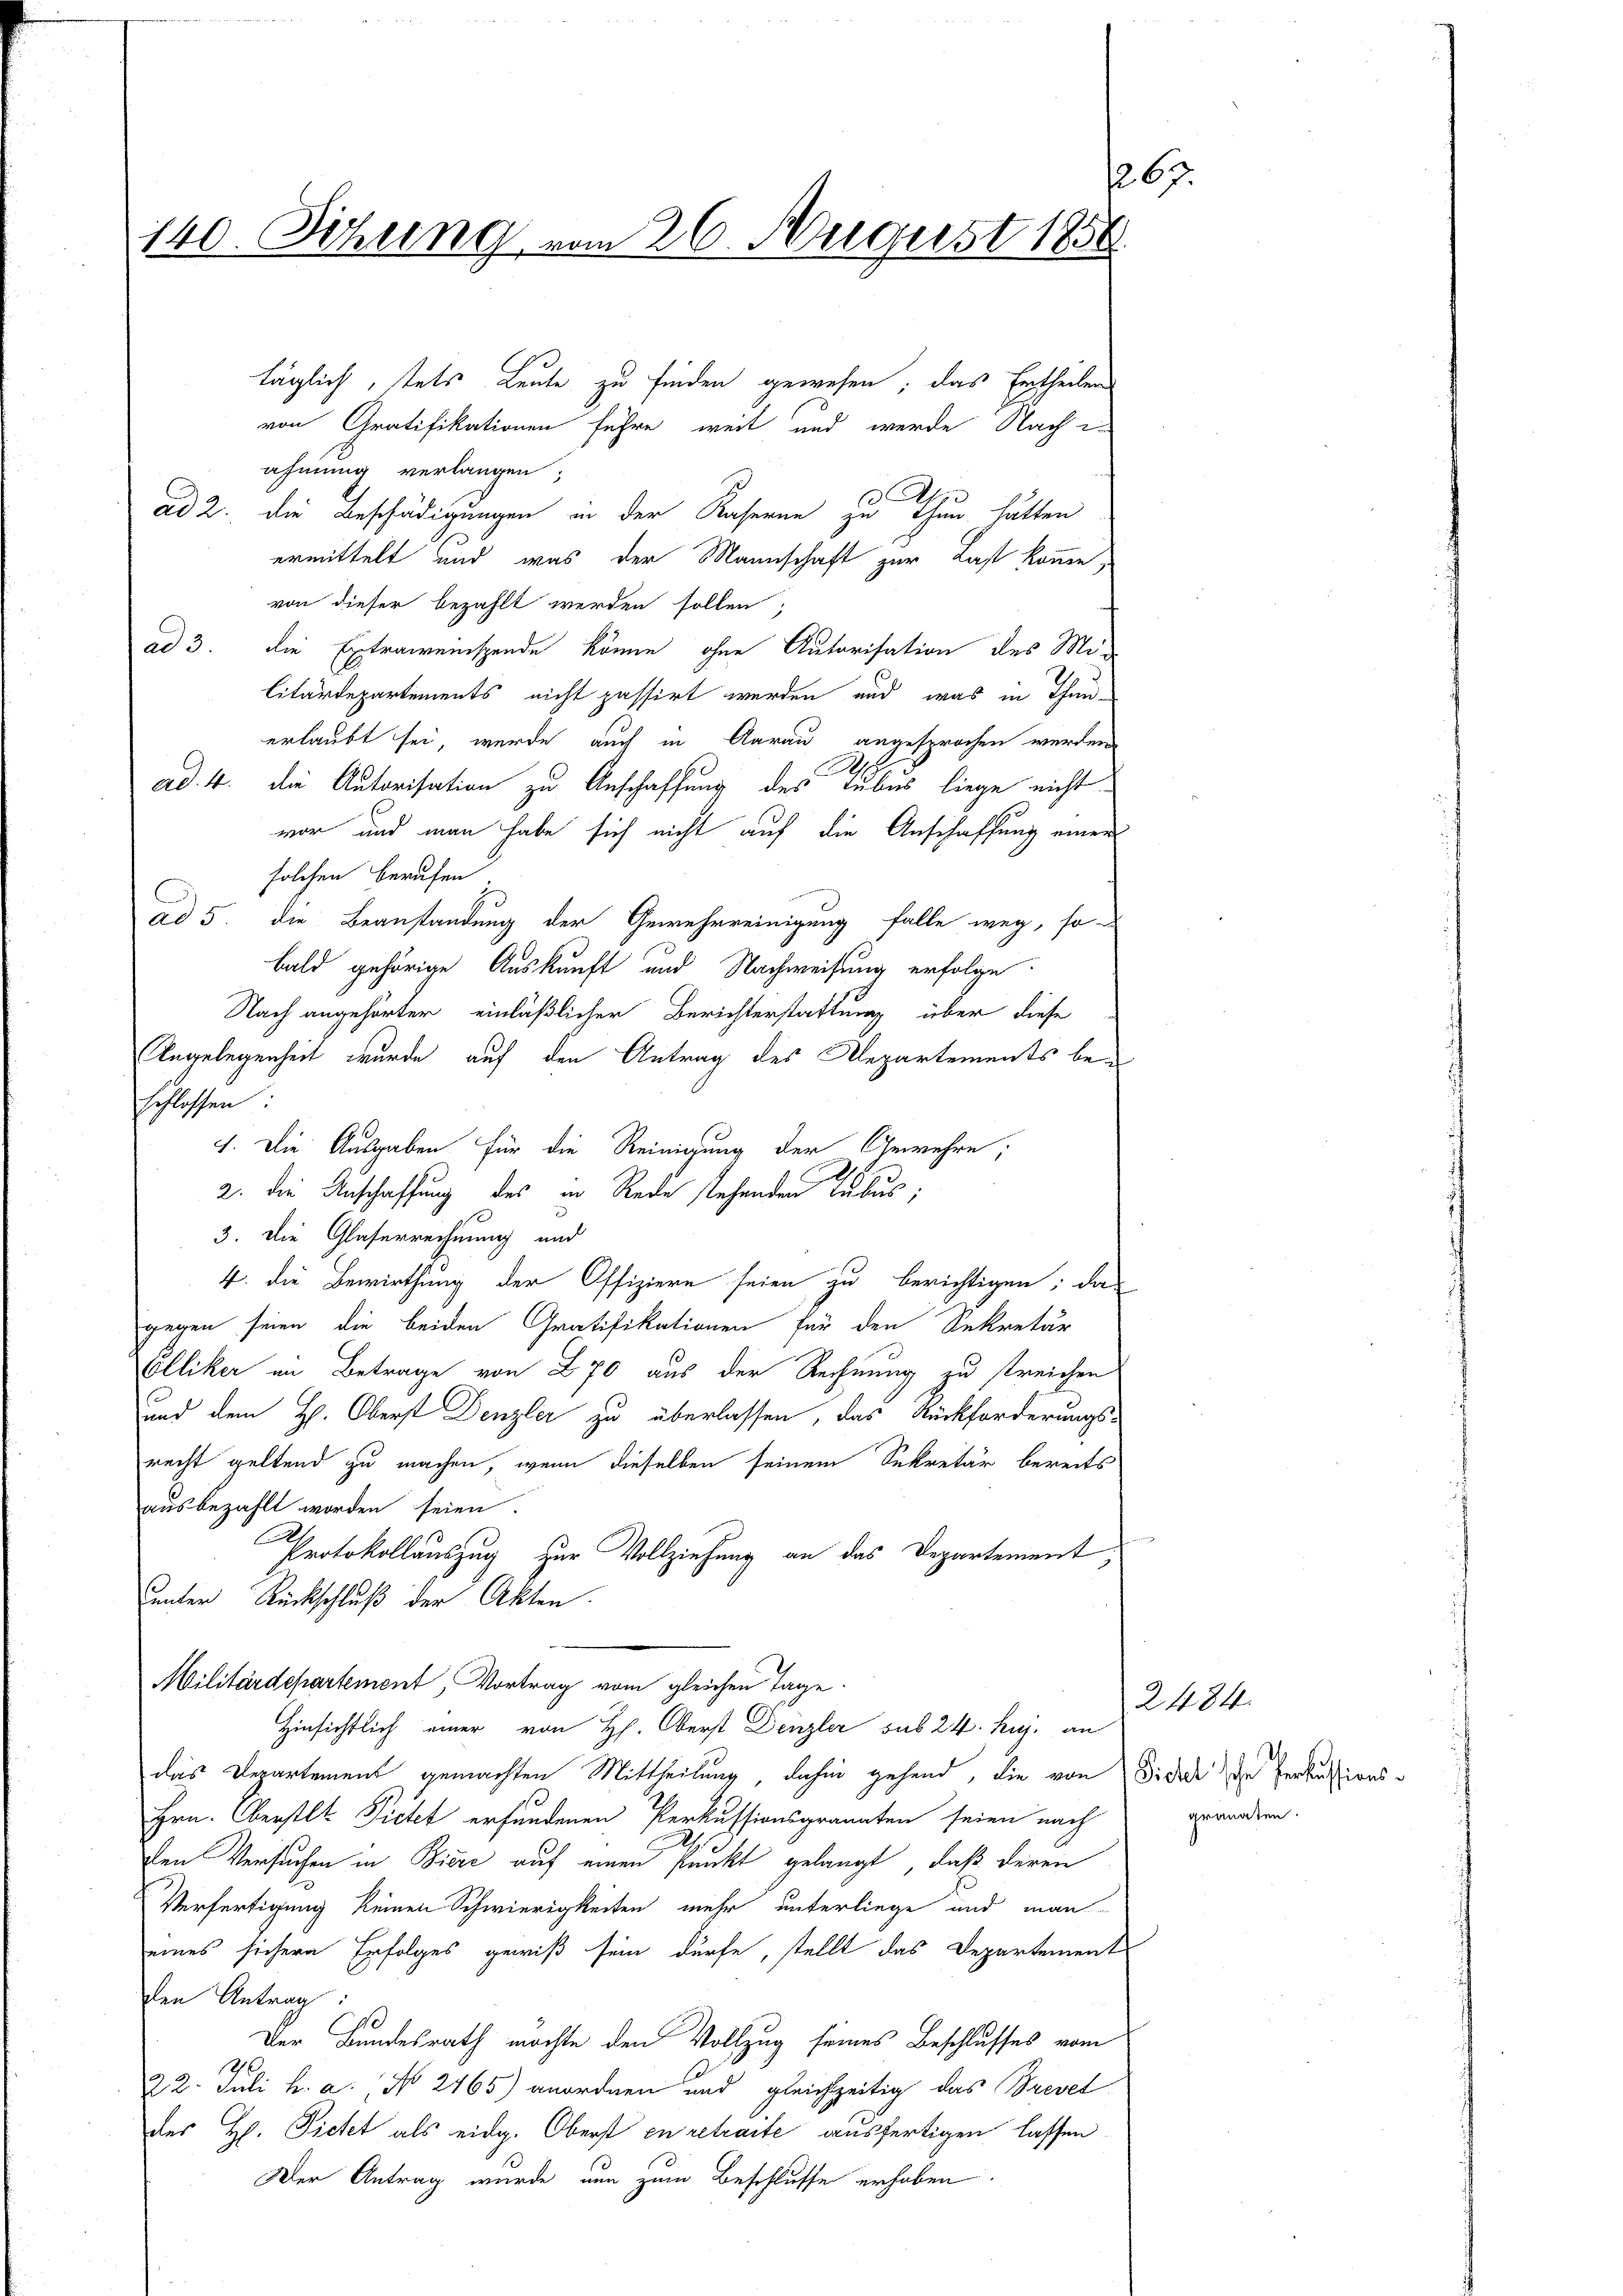
s
140. Sitzung vom 26. August 1858

von Gratifikationen führe, weit und werde Nach L
ahmung verlangen;
ad 2. die Beschädigungen in der Kaserne zu thun hätten
ermittelt und was der Mannschaft zur Last komme,
von dieser bezahlt werden sollen;
ad 3. die Extraweinspende könne, ohne Autorisation des Mi¬
Citärdepartements nicht passirt werden und was in Thun-
erlaubt sei, wurde auch in Aarau angesprochen werden
8
ad. 4. die Autorisation zu Anschaffung des Tubes liege nicht
vor und man habe sich nicht auf die Anschaffung einer
solchen berufen
ad 5. die Beanstandung der Gewehrreinigung falle weg, so
bald gehörige Auskunft und Nachweisung erfolge.
Nach angehörter einläßlicher Berichterstattung über diese
Angelegenheit wurde auf den Antrag des Departements beschlossen:
1. Die Ausgaben für die Reinigung der Gewehre;
2. die Anschaffung des in Rede stehenden Tubus;
3. Die Glaserrechnung und
4. die Bewirthung der Offiziern seien zu berichtigen; das
gegen seien die beiden Gratifikationen für den Sekretär
Elliker im Betrage von 270 aus der Rechnung zu streichen
und dem H. Oberst Denzler zu überlassen, das Rückforderungs-
recht geltend zu machen, wenn dieselben seinem Sekretär bereits
ausbezahlt worden seien.

Protokollauszug zur Vollziehung an das Departement,
uunter Rückschluß der Akten.
Militärdepartement, Vortrag vom gleichen Tage.
Hinsichtlich einer von H. Oberst Denzler sub 24. huj. an
das Departement gemachten Mittheilung, dahin gehend, die von Sidedi die Perkussions¬
Hrn. Oberstlt Pietet erfundenen Perkussionsgrannten seien nach
Den Versuchen in Biere auf einen Punkt gelangt, daß deren
Verfertigung keinen Schwierigkeiten mehr unterliege und man
eines sichern Erfolges gewiß sein dürfe, stellt das Departement
den Antrag:
Der Bundesrath möchte den Vollzug seines Beschlusses vom
22. Juli h. a., No 2165) anordnen und gleichzeitig das Brevet
des H. Ficht als eidg. Oberst en retraite ausfertigen lassen,
Der Antrag wurde nun zum Beschlusse erhoben

täglich, stets Leute zu finden gewesen; das Ertheilen

2484
gronaten.